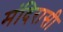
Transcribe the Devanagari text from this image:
मंदिरासी